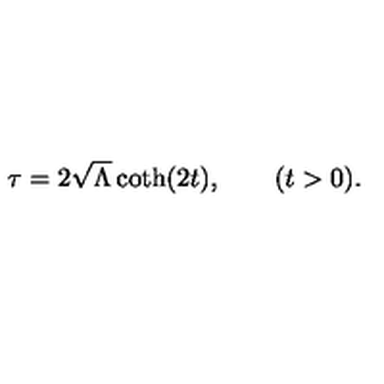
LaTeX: \tau = 2 \sqrt { \Lambda } \coth ( 2 t ) , \qquad ( \mathrm { } t > 0 \mathrm { } ) .